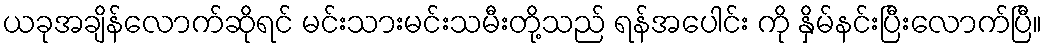
ယခုအချိန်လောက်ဆိုရင် မင်းသားမင်းသမီးတို့သည် ရန်အပေါင်း ကို နှိမ်နင်းပြီးလောက်ပြီ။